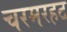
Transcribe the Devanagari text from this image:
चरमरहट